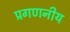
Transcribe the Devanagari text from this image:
प्रगणनीय